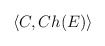
\begin{align*}\langle C , Ch (E) \rangle \end{align*}